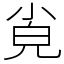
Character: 㝸